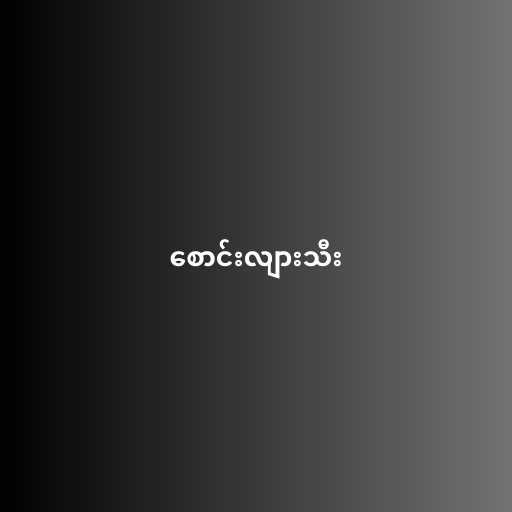
စောင်းလျားသီး